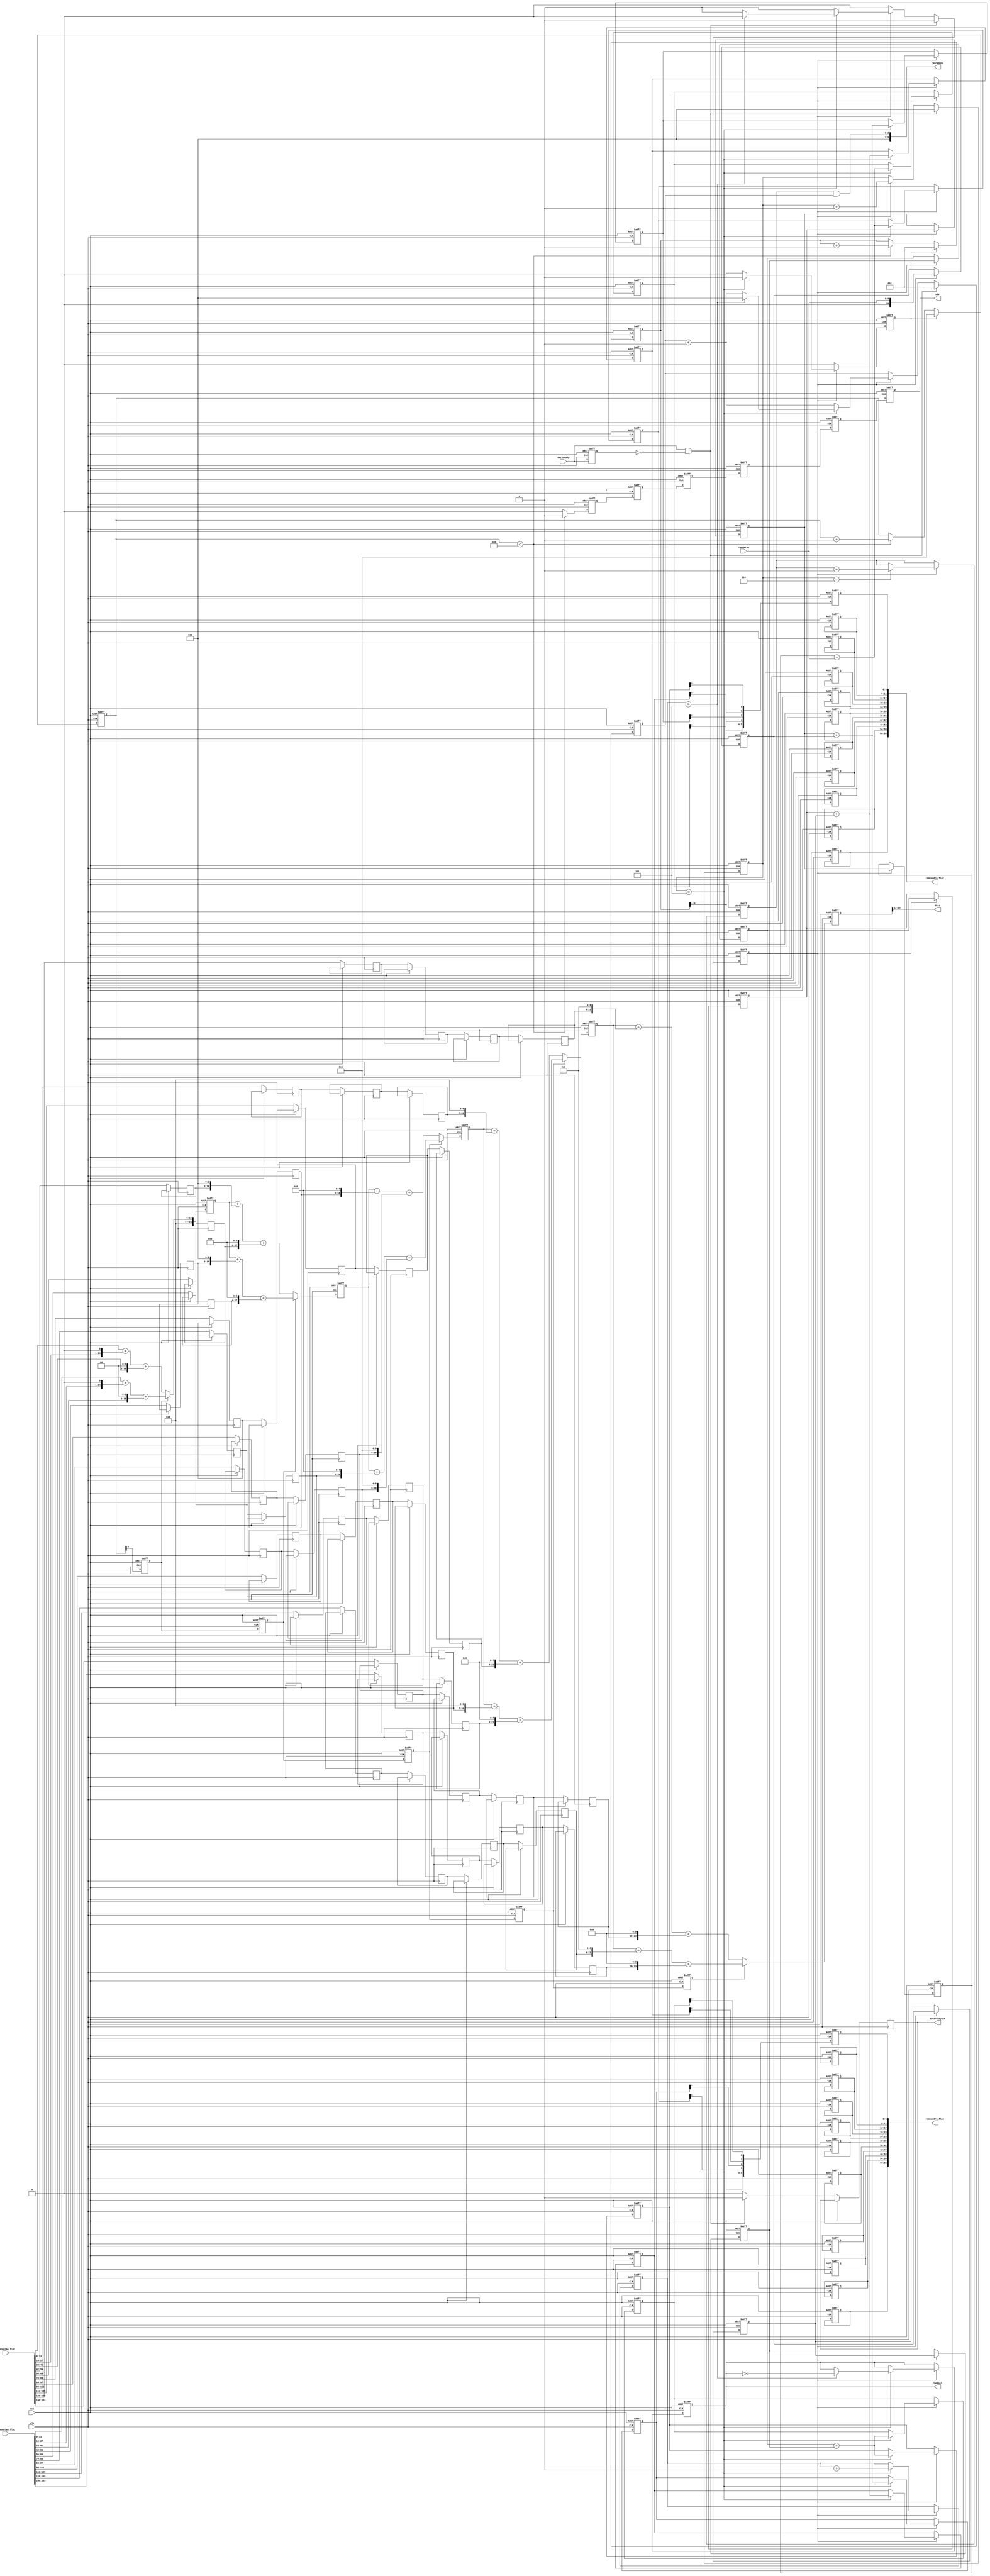
// File ../design/DCT2D_c.VHD translated with vhd2vl v2.4 VHDL to Verilog RTL translator
// vhd2vl settings:
//  * Verilog Module Declaration Style: 2001

// vhd2vl is Free (libre) Software:
//   Copyright (C) 2001 Vincenzo Liguori - Ocean Logic Pty Ltd
//     http://www.ocean-logic.com
//   Modifications Copyright (C) 2006 Mark Gonzales - PMC Sierra Inc
//   Modifications (C) 2010 Shankar Giri
//   Modifications Copyright (C) 2002, 2005, 2008-2010 Larry Doolittle - LBNL
//     http://doolittle.icarus.com/~larry/vhd2vl/
//
//   vhd2vl comes with ABSOLUTELY NO WARRANTY.  Always check the resulting
//   Verilog for correctness, ideally with a formal verification tool.
//
//   You are welcome to redistribute vhd2vl under certain conditions.
//   See the license (GPLv2) file included with the source for details.

// The result of translation follows.  Its copyright status should be
// considered unchanged from the original VHDL.

//------------------------------------------------------------------------------
//                                                                            --
//                          V H D L    F I L E                                --
//                          COPYRIGHT (C) 2006                                --
//                                                                            --
//------------------------------------------------------------------------------
//
// Title       : DCT2D
// Design      : MDCT Core
//
//------------------------------------------------------------------------------
//
//
//------------------------------------------------------------------------------
//
//  Description : 1D Discrete Cosine Transform (second stage)
//
//------------------------------------------------------------------------------
// //////////////////////////////////////////////////////////////////////////////
// /// Copyright (c) 2013, Jahanzeb Ahmad
// /// All rights reserved.
// ///
// /// Redistribution and use in source and binary forms, with or without modification, 
// /// are permitted provided that the following conditions are met:
// ///
// ///  * Redistributions of source code must retain the above copyright notice, 
// ///    this list of conditions and the following disclaimer.
// ///  * Redistributions in binary form must reproduce the above copyright notice, 
// ///    this list of conditions and the following disclaimer in the documentation and/or 
// ///    other materials provided with the distribution.
// ///
// ///    THIS SOFTWARE IS PROVIDED BY THE COPYRIGHT HOLDERS AND CONTRIBUTORS "AS IS" AND ANY 
// ///    EXPRESS OR IMPLIED WARRANTIES, INCLUDING, BUT NOT LIMITED TO, THE IMPLIED WARRANTIES 
// ///    OF MERCHANTABILITY AND FITNESS FOR A PARTICULAR PURPOSE ARE DISCLAIMED. IN NO EVENT 
// ///    SHALL THE COPYRIGHT HOLDER OR CONTRIBUTORS BE LIABLE FOR ANY DIRECT, INDIRECT, 
// ///    INCIDENTAL, SPECIAL, EXEMPLARY, OR CONSEQUENTIAL DAMAGES (INCLUDING, BUT NOT 
// ///    LIMITED TO, PROCUREMENT OF SUBSTITUTE GOODS OR SERVICES; LOSS OF USE, DATA, OR 
// ///    PROFITS; OR BUSINESS INTERRUPTION) HOWEVER CAUSED AND ON ANY THEORY OF LIABILITY, 
// ///    WHETHER IN CONTRACT, STRICT LIABILITY, OR TORT (INCLUDING NEGLIGENCE OR OTHERWISE) 
// ///    ARISING IN ANY WAY OUT OF THE USE OF THIS SOFTWARE, EVEN IF ADVISED OF THE 
// ///   POSSIBILITY OF SUCH DAMAGE.
// ///
// ///
// ///  * http://opensource.org/licenses/MIT
// ///  * http://copyfree.org/licenses/mit/license.txt
// ///
// //////////////////////////////////////////////////////////////////////////////
// no timescale needed

module DCT2D
#(
  /// @todo: these were constants from MDCT_PKG, not sure if
  ///    this should be repeated in each module or in a header
  ///    (ugh preprocessor) not sure if iverilog supports SV pkg.
  parameter IP_W        = 8,  
  parameter OP_W        = 12,
  parameter N           = 8,
  parameter COE_W       = 12,
  parameter ROMDATA_W   = COE_W+2,
  parameter ROMADDR_W   = 6,
  parameter RAMDATA_W   = 10,  
  parameter RAMADRR_W   = 6,
  parameter LEVEL_SHIFT = 128,
  parameter DA_W        = ROMDATA_W+IP_W,
  parameter DA2_W       = DA_W+2

  
)
(
 input wire 		       clk,
 input wire 		       rst,
 input wire [RAMDATA_W - 1:0]  ramdatao,
 input wire 		       dataready,
 output wire 		       odv,
 output wire [OP_W - 1:0]      dcto,
 output wire [RAMADRR_W - 1:0] ramraddro,
 output wire 		       rmemsel,
 output reg 		       datareadyack,

 // the original VHDL passed 2D arrays, Verilog doesn't support
 // 2D arrays as ports (systemverilog does).  The 2D arrays are
 // passed as flat ports and reconstructed as 2D arrays.
 input wire  [ROMDATA_W*11-1:0] romedatao_flat,
 input wire  [ROMDATA_W*11-1:0] romodatao_flat,
 output wire [ROMADDR_W*11-1:0] romeaddro_flat,
 output wire [ROMADDR_W*11-1:0] romoaddro_flat

);

    reg [RAMDATA_W:0] 		databuf_reg[N - 1:0];
    reg [RAMDATA_W:0] 		latchbuf_reg[N - 1:0];
    
    reg [RAMADRR_W / 2 - 1:0] 	col_reg;
    reg [RAMADRR_W / 2 - 1:0] 	row_reg;
    reg [RAMADRR_W / 2 - 1:0] 	colram_reg;
    reg [RAMADRR_W / 2 - 1:0] 	rowram_reg;
    reg [RAMADRR_W / 2 - 1:0] 	colr_reg;
    reg [RAMADRR_W / 2 - 1:0] 	rowr_reg;
    
    reg 			rmemsel_reg;
    reg 			stage1_reg;
    reg 			stage2_reg;
    reg [RAMADRR_W - 1:0] 	stage2_cnt_reg;
    reg 			dataready_2_reg;
    
    reg 			even_not_odd;
    reg 			even_not_odd_d1;
    reg 			even_not_odd_d2;
    reg 			even_not_odd_d3;
    reg 			even_not_odd_d4;
    
    reg 			odv_d0;
    reg 			odv_d1;
    reg 			odv_d2;
    reg 			odv_d3;
    reg 			odv_d4;
    reg 			odv_d5;
    
    reg [DA2_W - 1:0] 		dcto_1;
    reg [DA2_W - 1:0] 		dcto_2;
    reg [DA2_W - 1:0] 		dcto_3;
    reg [DA2_W - 1:0] 		dcto_4;
    reg [DA2_W - 1:0] 		dcto_5;  


    wire [ROMDATA_W-1:0] 	romedatao [0:10];
    wire [ROMDATA_W-1:0] 	romodatao [0:10];
    reg [ROMADDR_W-1:0] 	romeaddro [0:10];
    reg [ROMADDR_W-1:0] 	romoaddro [0:10];

    /**
     * conversion note, in Verilog (not SV) 2D arrays cannot be
     * passed as ports.  The 2D arrays need to be flatten to a 
     * port and unflattened from a port.
     */
    genvar gi;
    generate
	for(gi=0; gi<11; gi=gi+1) begin
	    assign romedatao[gi] = romedatao_flat[ROMDATA_W*gi +: ROMDATA_W];
	    assign romodatao[gi] = romodatao_flat[ROMDATA_W*gi +: ROMDATA_W];
	    
	    assign romeaddro_flat[ROMADDR_W*gi +: ROMADDR_W] = romeaddro[gi];
	    assign romoaddro_flat[ROMADDR_W*gi +: ROMADDR_W] = romoaddro[gi];
	end
    endgenerate

    reg [ROMDATA_W-1:0]        romedatao_d1 [0:10];
    reg [ROMDATA_W-1:0]        romedatao_d2 [0:10];
    reg [ROMDATA_W-1:0]        romedatao_d3 [0:10];
    reg [ROMDATA_W-1:0]        romedatao_d4 [0:10];
					       
    reg [ROMDATA_W-1:0]        romodatao_d1 [0:10];
    reg [ROMDATA_W-1:0]        romodatao_d2 [0:10];
    reg [ROMDATA_W-1:0]        romodatao_d3 [0:10];
    reg [ROMDATA_W-1:0]        romodatao_d4 [0:10];

    assign ramraddro = rowr_reg & colr_reg;
    assign rmemsel = rmemsel_reg;

    integer ii;
    always @(posedge clk or posedge rst) begin	
	if (rst == 1'b1) begin    
	    stage2_cnt_reg <= {(((RAMADRR_W - 1))-((0))+1){1'b1}};
	
            rmemsel_reg <= 1'b0;
            stage1_reg  <= 1'b0;
            stage2_reg  <= 1'b0;
            colram_reg  <= {(((RAMADRR_W / 2 - 1))-((0))+1){1'b0}};
            rowram_reg  <= {(((RAMADRR_W / 2 - 1))-((0))+1){1'b0}};
	
            col_reg <= {(((RAMADRR_W / 2 - 1))-((0))+1){1'b0}};
            row_reg <= {(((RAMADRR_W / 2 - 1))-((0))+1){1'b0}};

	    for(ii=0; ii<N; ii=ii+1) begin
        	latchbuf_reg[ii]  <= 0; 
            	databuf_reg[ii]   <= 0;
	    end
	
            odv_d0 <= 1'b0;
            colr_reg <= {(((RAMADRR_W / 2 - 1))-((0))+1){1'b0}};
            rowr_reg <= {(((RAMADRR_W / 2 - 1))-((0))+1){1'b0}};
            dataready_2_reg <= 1'b0;
        end 
	else begin
	    stage2_reg      <= 1'b0;
	    odv_d0          <= 1'b0;
	    datareadyack    <= 1'b0;
	    dataready_2_reg <= dataready;
	    
	    //--------------------------------
	    // read DCT 1D to barrel shifter
	    //--------------------------------
	    if(stage1_reg == 1'b1) begin
		latchbuf_reg[N-1] <= ramdatao;
		for(ii=0; ii<N-1; ii=ii+1) begin
		    latchbuf_reg[ii] <= latchbuf_reg[ii+1];
		end
		
		colram_reg <= colram_reg + 1;
		colr_reg <= colr_reg + 1;
		if(colram_reg == (N - 2)) begin
		    rowr_reg <= rowr_reg + 1;
		end
		if(colram_reg == (N - 1)) begin
		    rowram_reg <= rowram_reg + 1;
		    if(rowram_reg == (N - 1)) begin
			stage1_reg <= 1'b 0;
			colr_reg <= {(((RAMADRR_W / 2 - 1))-((0))+1){1'b0}};
			// release memory
			rmemsel_reg <=  ~rmemsel_reg;
		    end

		    //-- after this sum databuf_reg is in range of -256 to 254 (min to max) 
		    databuf_reg[0] = latchbuf_reg[1] + ramdatao;
		    databuf_reg[1] = latchbuf_reg[2] + latchbuf_reg[7];
		    databuf_reg[2] = latchbuf_reg[3] + latchbuf_reg[6];		    
		    databuf_reg[3] = latchbuf_reg[4] + latchbuf_reg[5];
		    databuf_reg[4] = latchbuf_reg[1] + ramdatao;		    
		    databuf_reg[5] = latchbuf_reg[2] + latchbuf_reg[7];
		    databuf_reg[6] = latchbuf_reg[3] + latchbuf_reg[6];		    
		    databuf_reg[7] = latchbuf_reg[4] + latchbuf_reg[5];
		      
		    // 8 point input latched
		    stage2_reg <= 1'b1;
		end
	    end
	    
	    //------------------------------
	    // 2nd stage
	    //------------------------------
	    if(stage2_cnt_reg < N) begin
		stage2_cnt_reg <= stage2_cnt_reg + 1;
		
		// output data valid
		odv_d0 <= 1'b1;
		
		// increment column counter
		col_reg <= col_reg + 1;
		
		// finished processing one input row
		if(col_reg == (N - 1)) begin
		    row_reg <= row_reg + 1;
		end
	    end
	    
	    if(stage2_reg == 1'b1) begin
		stage2_cnt_reg <= 0;
	        col_reg        <= 1;
	    end
	    
	    //------------------------------
	    //--------------------------------
	    // wait for new data
	    //--------------------------------
	    // one of ram buffers has new data, process it
	    if(dataready == 1'b1 && dataready_2_reg == 1'b0) begin
		stage1_reg <= 1'b1;
		// to account for 1T RAM delay, increment RAM address counter
		colram_reg   <= 0;
		colr_reg     <= 1;
		datareadyack <= 1'b1;
	    end
	    //--------------------------------
	end
    end

    always @(posedge clk or posedge rst) begin
	if(rst == 1'b1) begin
	    even_not_odd <= 1'b 0;
	    even_not_odd_d1 <= 1'b 0;
	    even_not_odd_d2 <= 1'b 0;
	    even_not_odd_d3 <= 1'b 0;
	    even_not_odd_d4 <= 1'b 0;
	    
	    odv_d1 <= 1'b0;
	    odv_d2 <= 1'b0;
	    odv_d3 <= 1'b0;
	    odv_d4 <= 1'b0;
	    odv_d5 <= 1'b0;
	    
	    dcto_1 <= {(((DA2_W - 1))-((0))+1){1'b0}};
	    dcto_2 <= {(((DA2_W - 1))-((0))+1){1'b0}};
	    dcto_3 <= {(((DA2_W - 1))-((0))+1){1'b0}};
	    dcto_4 <= {(((DA2_W - 1))-((0))+1){1'b0}};
	    dcto_5 <= {(((DA2_W - 1))-((0))+1){1'b0}};
	end 
	else begin
	    even_not_odd <= stage2_cnt_reg[0];
	    even_not_odd_d1 <= even_not_odd;
	    even_not_odd_d2 <= even_not_odd_d1;
	    even_not_odd_d3 <= even_not_odd_d2;
	    even_not_odd_d4 <= even_not_odd_d3;
	    
	    odv_d1 <= odv_d0;
	    odv_d2 <= odv_d1;
	    odv_d3 <= odv_d2;
	    odv_d4 <= odv_d3;
	    odv_d5 <= odv_d4;

	    /// @todo see if these need to be cast to signed ($signed)
	    ///    both DCT1D and DCT2D
	    
	    if (1'b0 == even_not_odd) begin
		dcto_1 <= romedatao[0] + (romedatao[1] << 1) + (romedatao[2] << 2);
	    end
	    else begin
		dcto_1 <= romodatao[0] + (romodatao[1] << 1) + (romodatao[2] << 2);
	    end
	    
	    if (1'b0 == even_not_odd_d1) begin
		dcto_2 <= dcto_1 + (romedatao_d1[3] << 3) + (romedatao_d1[4] << 4);
	    end
	    else begin
		dcto_2 <= dcto_1 + (romodatao_d1[3] << 3) + (romodatao_d1[4] << 4);
	    end

	    if (1'b0 == even_not_odd_d2) begin
		dcto_3 <= dcto_2 + (romedatao_d2[5] << 5) + (romedatao_d2[6] << 6);
	    end
	    else begin
		dcto_3 <= dcto_2 + (romodatao_d2[5] << 5) + (romodatao_d2[6] << 6);
	    end
	    	    
	    if (1'b0 == even_not_odd_d3) begin
		dcto_4 <= dcto_3 + (romedatao_d3[7] << 7) + (romedatao_d3[8] << 8);
	    end
	    else begin
		dcto_4 <= dcto_3 + (romodatao_d3[7] << 7) + (romodatao_d3[8] << 8);
	    end
	    	    
	    if (1'b0 == even_not_odd_d4) begin
		dcto_5 <= dcto_4 + (romedatao_d4[9] << 9) + (romedatao_d4[10] << 10);
	    end
	    else begin
		dcto_5 <= dcto_4 + (romodatao_d4[9] << 9) + (romodatao_d4[10] << 10);
	    end
	end
    end
    
    assign dcto = dcto_5[DA2_W - 1:12];
    assign odv = odv_d5;
    
    integer jj;
    always @(posedge clk or posedge rst) begin
	if (1'b1 == rst) begin
	    for(jj=0; jj<11; jj=jj+1) begin
		romeaddro[jj] <= 0;
		romoaddro[jj] <= 0;
	    end
	end
	else begin
	    for(jj=0; jj<11; jj=11+1) begin
		// read precomputed MAC results from LUT
		romeaddro[jj] <= {col_reg[RAMADRR_W/2-1:1],
                                  databuf_reg[0][jj],
                                  databuf_reg[1][jj],
                                  databuf_reg[2][jj],
                                  databuf_reg[3][jj]}; 
		// odd
		romoaddro[jj] <= {col_reg[RAMADRR_W/2-1:1],
                                  databuf_reg[4][jj],
                                  databuf_reg[5][jj],
                                  databuf_reg[6][jj],
                                  databuf_reg[7][jj]}; 
	    end
	end
    end

    always @(posedge clk or posedge rst) begin
	if(1'b1 == rst) begin
	    for(jj=0; jj<11; jj=11+1) begin
		romedatao_d1[jj] <= 0;
		romedatao_d2[jj] <= 0;
		romedatao_d3[jj] <= 0;
		romedatao_d4[jj] <= 0;

		romodatao_d1[jj] <= 0;
		romodatao_d2[jj] <= 0;
		romodatao_d3[jj] <= 0;
		romodatao_d4[jj] <= 0;
	    end
	end
	else begin
	    for(jj=0; jj<11; jj=jj+1) begin
		romedatao_d1[jj] <= romedatao[jj];
		romedatao_d2[jj] <= romedatao_d1[jj];
		romedatao_d3[jj] <= romedatao_d2[jj];
		romedatao_d4[jj] <= romedatao_d3[jj];

		romodatao_d1[jj] <= romodatao[jj];   
		romodatao_d2[jj] <= romodatao_d1[jj];
		romodatao_d3[jj] <= romodatao_d2[jj];
		romodatao_d4[jj] <= romodatao_d3[jj];
	    end
	end
    end
    
endmodule